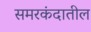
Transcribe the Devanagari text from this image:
समरकंदातील